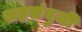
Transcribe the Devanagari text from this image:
सहसंयुजी